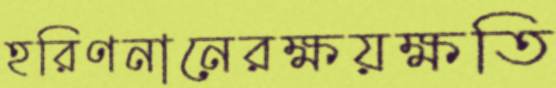
হরিণনানেরক্ষয়ক্ষতি